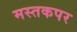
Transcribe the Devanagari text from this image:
मस्तकपर